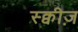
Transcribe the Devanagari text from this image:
स्क्वीज़